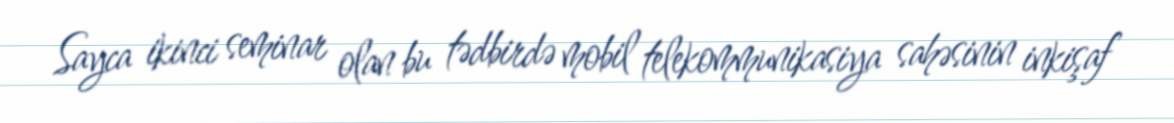
Sayca ikinci seminar olan bu tədbirdə mobil telekommunikasiya sahəsinin inkişaf